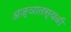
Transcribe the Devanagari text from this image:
अज्ञातस्थळी